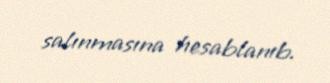
salınmasına hesablanıb.